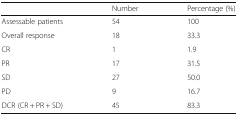
|  | Number | Percentage (%) |
 | --- | --- | --- |
 | Assessable patients | 54 | 100 |
 | Overall response | 18 | 33.3 |
 | CR | 1 | 1.9 |
 | PR | 17 | 31.5 |
 | SD | 27 | 50.0 |
 | PD | 9 | 16.7 |
 | DCR (CR + PR + SD) | 45 | 83.3 |